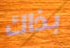
بذاك